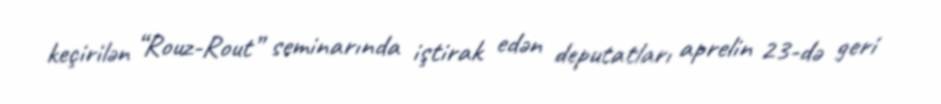
keçirilən “Rouz-Rout” seminarında iştirak edən deputatları aprelin 23-də geri